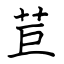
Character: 苣